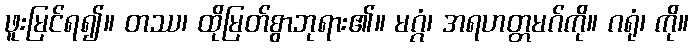
ဖူးမြင်ရ၍။ တဿ၊ ထိုမြတ်စွာဘုရား၏။ မဂ္ဂံ၊ အရဟတ္တမဂ်ကို။ ဂရုံ၊ ကို။